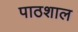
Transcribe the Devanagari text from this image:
पाठशाल